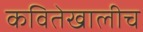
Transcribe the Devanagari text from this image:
कवितेखालीच